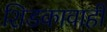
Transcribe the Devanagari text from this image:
शिडकावाही